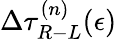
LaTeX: \Delta\tau_{R-L}^{(n)}(\epsilon)